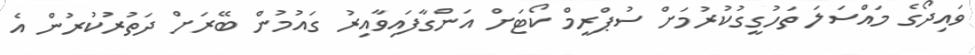
ވައިދޯގެ މައްސަލަ ތަހުގީގުކުރުމަށް ސުޕްރީމް ކޯޓަށް އަންގާފައިވާއިރު ގައުމުން ބޭރަށް ދަތުރުކުރުން އެ